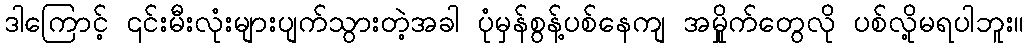
ဒါကြောင့် ၎င်းမီးလုံးများပျက်သွားတဲ့အခါ ပုံမှန်စွန့်ပစ်နေကျ အမှိုုက်တွေလို ပစ်လို့မရပါဘူး။